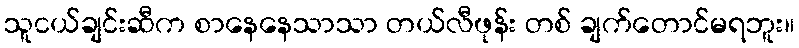
သူငယ်ချင်းဆီက စာနေနေသာသာ တယ်လီဖုန်း တစ် ချက်တောင်မရဘူး။